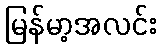
မြန်မာ့အလင်း